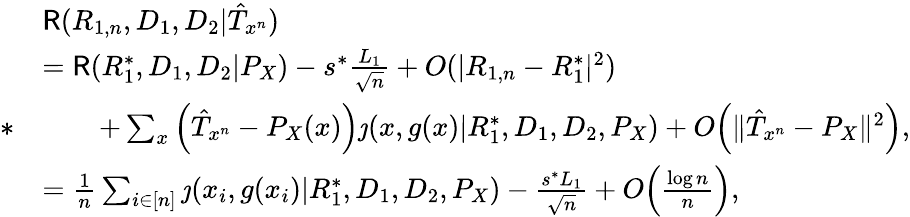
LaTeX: \begin{array}{rl}&{\mathsf{R}(R_{1,n},D_{1},D_{2}|\hat{T}_{x^{n}})}\\ &{=\mathsf{R}(R_{1}^{*},D_{1},D_{2}|P_{X})-s^{*}\frac{L_{1}}{\sqrt{n}}+O(|R_{1,n}-R_{1}^{*}|^{2})}\\ {*}&{\qquad+\sum_{x}\Big(\hat{T}_{x^{n}}-P_{X}(x)\Big)\jmath(x,g(x)|R_{1}^{*},D_{1},D_{2},P_{X})+O\Big(\| \hat{T}_{x^{n}}-P_{X}\| ^{2}\Big),}\\ &{=\frac{1}{n}\sum_{i\in[n]}\jmath(x_{i},g(x_{i})|R_{1}^{*},D_{1},D_{2},P_{X})-\frac{s^{*}L_{1}}{\sqrt{n}}+O\Big(\frac{\log n}{n}\Big),}\end{array}